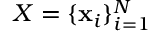
X = \{ \mathbf { x } _ { i } \} _ { i = 1 } ^ { N }